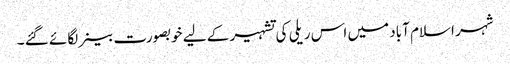
شہر اسلام آباد میں اس ریلی کی تشہیر کے لیے خوبصورت بینر لگائے گئے ۔